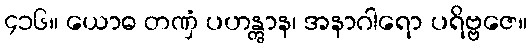
၄၁၆။ ယောဓ တဏှံ ပဟန္တွာန၊ အနာဂါရော ပရိဗ္ဗဇေ။